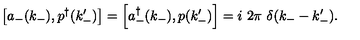
\left[ a _ { - } ( k _ { - } ) , p ^ { \dagger } ( k _ { - } ^ { \prime } ) \right] = \left[ a _ { - } ^ { \dag } ( k _ { - } ) , p ( k _ { - } ^ { \prime } ) \right] = i \ 2 \pi \ \delta ( k _ { - } - k _ { - } ^ { \prime } ) .